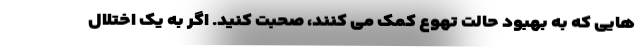
هایی که به بهبود حالت تهوع کمک می کنند، صحبت کنید. اگر به یک اختلال